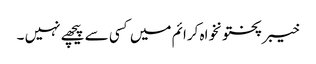
خیبرپختونخواہ کرائم میں کسی سے پیچھے نہیں ۔